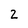
Character: 2